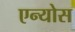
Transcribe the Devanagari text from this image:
एन्योस